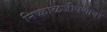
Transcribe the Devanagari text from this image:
निष्काळजीपणावर